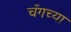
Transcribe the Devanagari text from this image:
चँगच्या